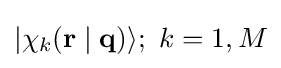
|\chi _{k}(\mathbf {r\mid q} )\rangle ;\ k=1,M